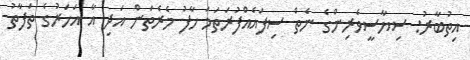
އިތުބާރު: ސިޔާސީވެރިންގެ ނެތް ސިފައެއްފުރަތަމަ ހާފު މެރެތަން އަދި އާ އަހަރުގެ ތަފާތު